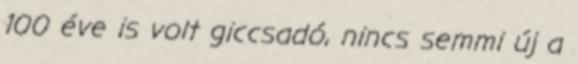
100 éve is volt giccsadó, nincs semmi új a